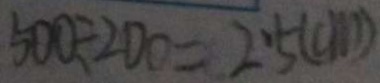
5 0 0 \div 2 0 0 = 2 . 5 ( c m )